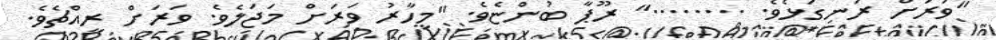
"ވަރަށް ރަނގަޅެވެ. ........" ރޫޕާ ބުންޏެވެ. "މިހާރު ވަރަށް މަޖަލެވެ. ވަރަށް ރީއްޗެވެ.